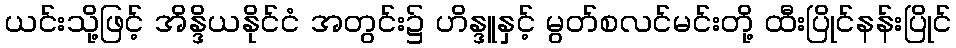
ယင်းသို့ဖြင့် အိန္ဒိယနိုင်ငံ အတွင်း၌ ဟိန္ဒူနှင့် မွတ်စလင်မင်းတို့ ထီးပြိုင်နန်းပြိုင်